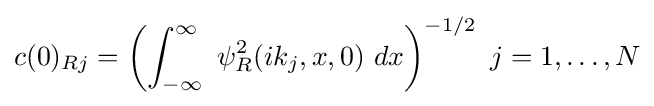
c(0)_{Rj}=\left(\int _{-\infty }^{\infty }\ \psi _{R}^{2}(ik_{j},x,0)\ dx\right)^{-1/2}\ j=1,\dots ,N